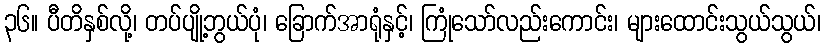
၃၆။ ပီတိနှစ်လို့၊ တပ်ပျို့ဘွယ်ပုံ၊ ခြောက်အာရုံနှင့်၊ ကြုံသော်လည်းကောင်း၊ များထောင်းသွယ်သွယ်၊